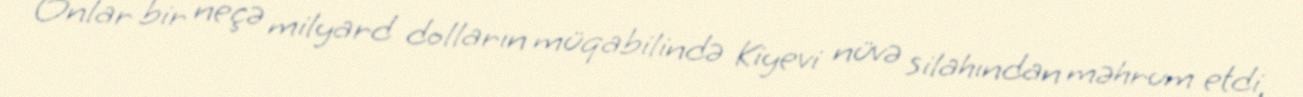
Onlar bir neçə milyard dolların müqabilində Kiyevi nüvə silahından məhrum etdi,